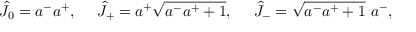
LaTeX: \hat { J } _ { 0 } = a ^ { - } a ^ { + } , ~ ~ ~ ~ \hat { J } _ { + } = a ^ { + } \sqrt { a ^ { - } a ^ { + } + 1 } , ~ ~ ~ ~ \hat { J } _ { - } = \sqrt { a ^ { - } a ^ { + } + 1 } ~ a ^ { - } ,